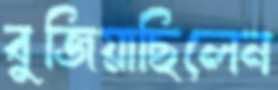
বুজিয়াছিলেন